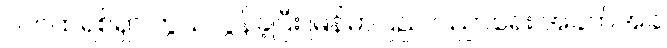
ပက်ထရစ်ရှာ ကွယ်လွန်ခဲ့ပြီး မြန်မာပြည် ပညာရေး အခက်အခဲ